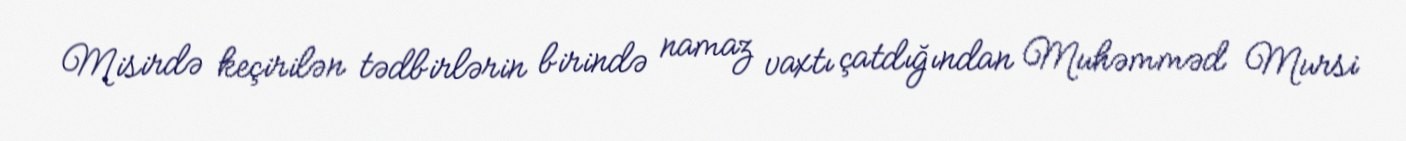
Misirdə keçirilən tədbirlərin birində namaz vaxtı çatdığından Muhəmməd Mursi